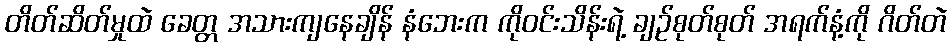
တိတ်ဆိတ်မှုထဲ ခေတ္တ အသားကျနေချိန် နံဘေးက ကိုဝင်းသိန်းရဲ့ ချဉ်စုတ်စုတ် အရက်နံ့ကို ဂိတ်တဲ